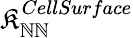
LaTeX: \mathfrak{K}_{\mathbb{N}\mathbb{N}}^{CellSurface}